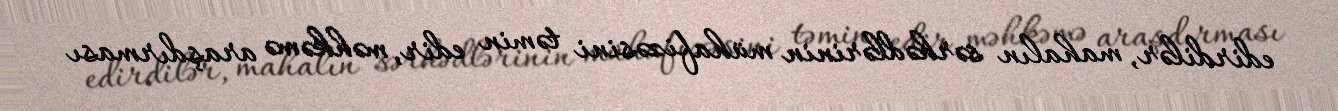
edirdilər, mahalın sərhədlərinin mühafizəsini təmin edir, məhkəmə araşdırması